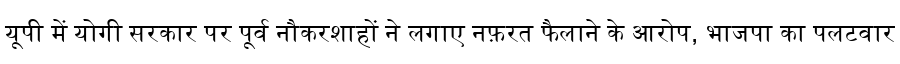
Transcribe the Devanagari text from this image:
यूपी में योगी सरकार पर पूर्व नौकरशाहों ने लगाए नफ़रत फैलाने के आरोप, भाजपा का पलटवार